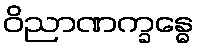
ဝိညာဏက္ခန္ဓေ